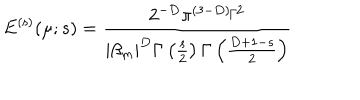
LaTeX: E ^ { \mathrm { ( s ) } } ( \mu ; s ) = \frac { 2 ^ { - D } \pi ^ { ( 3 - D ) / 2 } } { \left| \beta _ { m } \right| ^ { D } \Gamma \left( \frac { s } { 2 } \right) \Gamma \left( \frac { D + 1 - s } { 2 } \right) }